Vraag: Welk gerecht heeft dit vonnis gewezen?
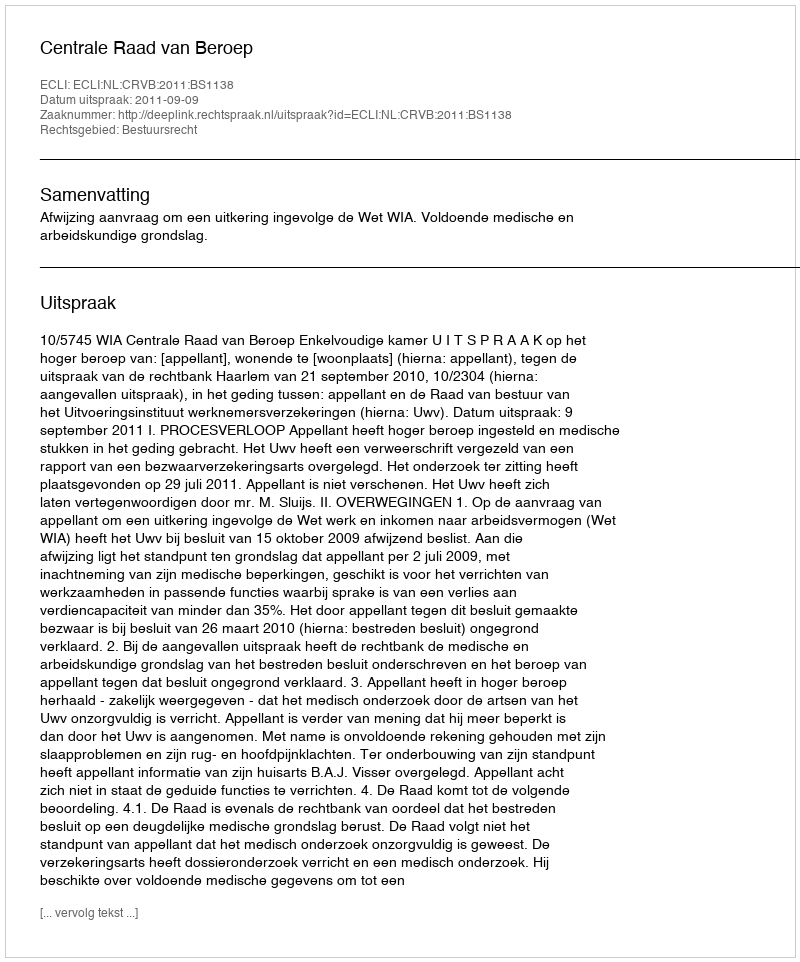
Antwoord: Centrale Raad van Beroep